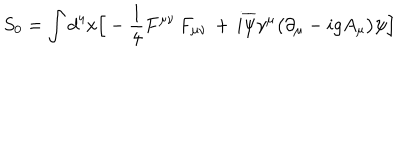
LaTeX: S _ { 0 } = \int d ^ { 4 } x \Big [ - { \frac { 1 } { 4 } } F ^ { \mu \nu } \, F _ { \mu \nu } \, + \, i \overline { { \psi } } \gamma ^ { \mu } \big ( \partial _ { \mu } - i g A _ { \mu } \big ) \psi \Big ]